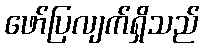
ဖော်ပြလျက်ရှိသည်